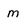
Character: m